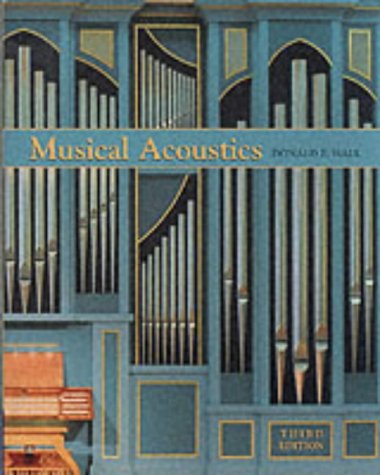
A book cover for Musical Acoustics, 3rd Edition; Donald E. Hall; Science & Math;